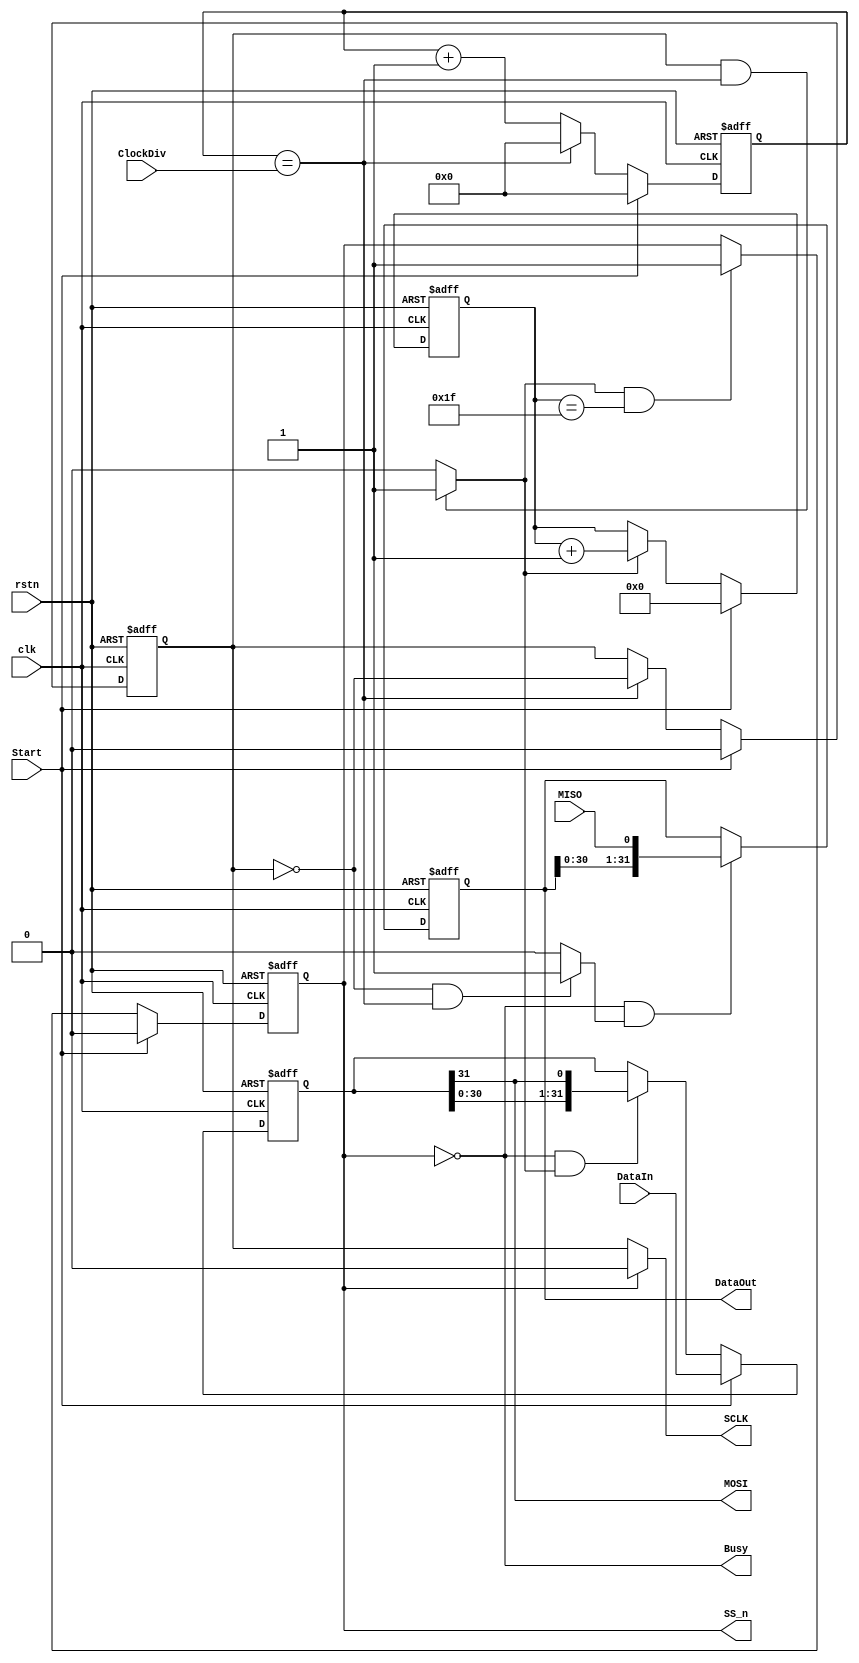
module MasterSPI
(
input clk,
input rstn,

input  [7:0]  ClockDiv,
input         Start,
input  [31:0] DataIn,
output        Busy,
output [31:0] DataOut,

output SCLK,
output MOSI,
input  MISO,
output SS_n

);


// clock generator
reg [7:0] ClockDivCount;
always @(posedge clk or negedge rstn)
	if (!rstn) ClockDivCount <= 8'h00;
	 else if (Start) ClockDivCount <= 8'h00;
	 else if (ClockDivCount == ClockDiv) ClockDivCount <= 8'h00;
	 else ClockDivCount <= ClockDivCount + 1;
	 
reg SPIclock;
always @(posedge clk or negedge rstn) 
	if (!rstn) SPIclock <= 1'b0;
	 else if (Start) SPIclock <= 1'b0;
	 else if (ClockDivCount == ClockDiv) SPIclock <= ~SPIclock;

wire posBit = (~SPIclock && (ClockDivCount == ClockDiv)) ? 1'b1 : 1'b0;
wire negBit = ( SPIclock && (ClockDivCount == ClockDiv)) ? 1'b1 : 1'b0;

// bit counter
reg [4:0] SPIbitCount;
always @(posedge clk or negedge rstn) 
	if (!rstn) SPIbitCount <= 5'h00;
	 else if (Start) SPIbitCount <= 5'h00;
	 else if (negBit) SPIbitCount <= SPIbitCount + 1;

	 // SS_n generator
reg RegSS_n;
always @(posedge clk or negedge rstn) 
	if (!rstn) RegSS_n <= 1'b1;
	 else if (Start) RegSS_n <= 1'b0;
	 else if ((negBit) && (SPIbitCount == 5'b11111)) RegSS_n <= 1'b1;

// MOSI generator	 
reg [31:0] RegMOSI;
always @(posedge clk or negedge rstn) 
	if (!rstn) RegMOSI <= 32'h00000000;
	 else if (Start) RegMOSI <= DataIn;
	 else if (!RegSS_n && negBit) RegMOSI <= {RegMOSI[30:0],RegMOSI[31]};

// MISO receiver	 
reg [31:0] RegMISO;
always @(posedge clk or negedge rstn) 
	if (!rstn) RegMISO <= 32'h00000000;
	 else if (!RegSS_n && posBit) RegMISO <= {RegMISO[30:0],MISO};

	 // SPI signals 
assign SCLK = (!RegSS_n) ? SPIclock : 1'b0;
assign MOSI = RegMOSI[31];
assign SS_n = RegSS_n;
// control signal
assign Busy = !RegSS_n;
assign DataOut = RegMISO;		
	 
endmodule